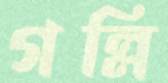
গল্লি